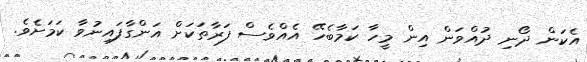
އެކަން ދޯނި ދުއްވަން އިން މީހާ ކަމާބެހޭ އެއްވެސް ފަރާތަކަށް އަންގާފައިނުވާ ކަމަށެވެ.